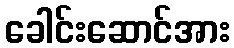
ခေါင်းဆောင်အား